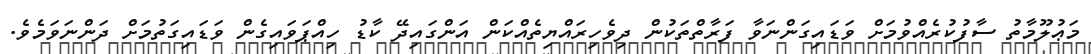
މަޢުލޫމާތު ސާފުކުރެއްވުމަށް ވަޑައިގަންނަވާ ފަރާތްތަކުން ދިވެހިރައްޔިތެއްކަން އަންގައިދޭ ކާޑު ހިއްޕަވައިގެން ވަޑައިގަތުމަށް ދަންނަވަމެވެ.